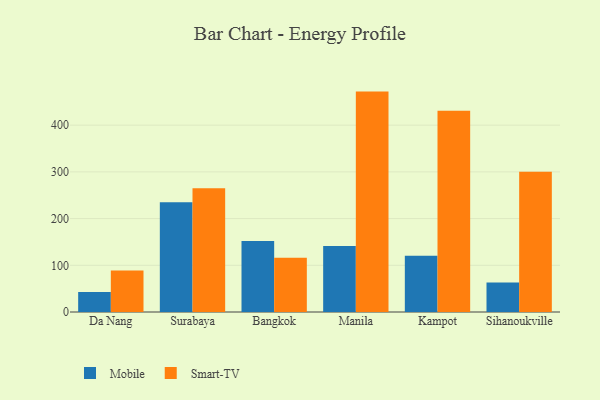
{"axis": {"x": "City", "y": "Population (Million)"}, "legend": ["Mobile", "Smart-TV"], "data": [{"x": "Da Nang", "y": 43.0, "type": "Mobile"}, {"x": "Da Nang", "y": 88.9, "type": "Smart-TV"}, {"x": "Surabaya", "y": 234.8, "type": "Mobile"}, {"x": "Surabaya", "y": 265.2, "type": "Smart-TV"}, {"x": "Bangkok", "y": 152.2, "type": "Mobile"}, {"x": "Bangkok", "y": 116.0, "type": "Smart-TV"}, {"x": "Manila", "y": 141.4, "type": "Mobile"}, {"x": "Manila", "y": 471.9, "type": "Smart-TV"}, {"x": "Kampot", "y": 120.5, "type": "Mobile"}, {"x": "Kampot", "y": 431.1, "type": "Smart-TV"}, {"x": "Sihanoukville", "y": 63.2, "type": "Mobile"}, {"x": "Sihanoukville", "y": 300.1, "type": "Smart-TV"}]}